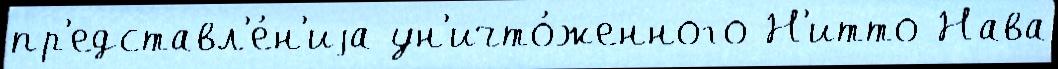
пр'едставл'е́н'иjа ун'ичто́женного Н'итто Нава